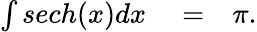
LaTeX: \begin{array}{rlr}{\int sech(x)dx}&{{}=}&{\pi.}\end{array}